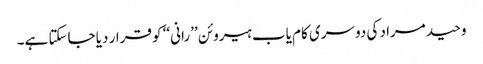
وحید مراد کی دوسری کام یاب ہیروئن ’’رانی‘‘ کو قرار دیا جاسکتا ہے۔